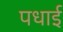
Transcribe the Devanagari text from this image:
पधाई